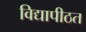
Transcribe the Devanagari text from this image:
विद्यापीठत